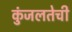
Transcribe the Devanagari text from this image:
कुंजलतेची